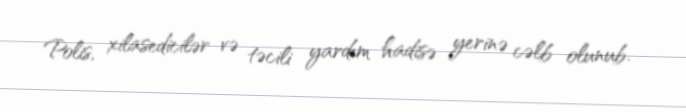
Polis, xilasedicilər və təcili yardım hadisə yerinə cəlb olunub.